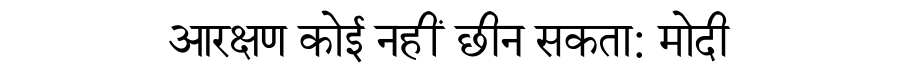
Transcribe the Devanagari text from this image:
आरक्षण कोई नहीं छीन सकता: मोदी